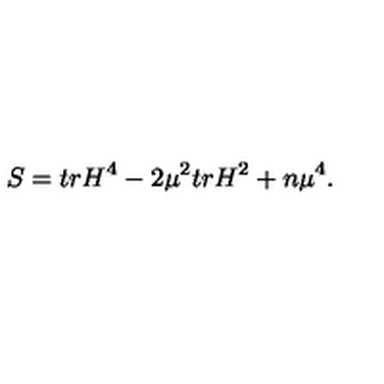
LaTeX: S = t r H ^ { 4 } - 2 { \mu } ^ { 2 } t r H ^ { 2 } + n { \mu } ^ { 4 } .